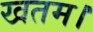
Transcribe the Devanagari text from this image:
खतम।